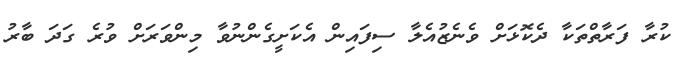
ކުރާ ފަރާތްތަކާ ދެކޮޅަށް ވެނެޒުއެލާ ސިފައިން އެކަށީގެންނުވާ މިންވަރަށް ވުރެ ގަދަ ބާރު